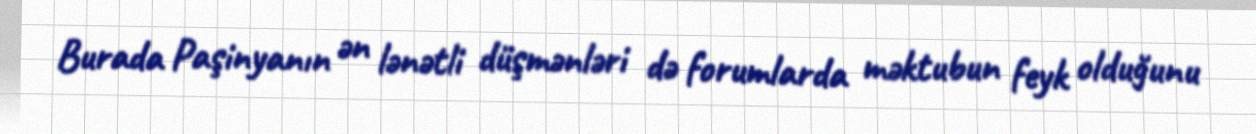
Burada Paşinyanın ən lənətli düşmənləri də forumlarda məktubun feyk olduğunu